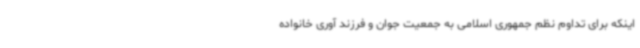
اینکه برای تداوم نظم جمهوری اسلامی به جمعیت جوان و فرزند آوری خانواده